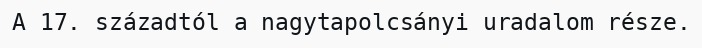
A 17. századtól a nagytapolcsányi uradalom része.